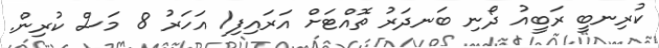
ކުރިނބީ ރަބީއު ދޯނި ބަނދަރު ތޮއްޓަށް އަރައިފި1 އަހަރު 8 މަސް ކުރިން.